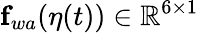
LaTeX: \mathbf{f}_{wa}(\eta(t))\in\mathbb{R}^{6\times 1}